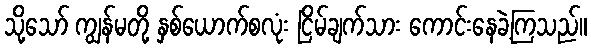
သို့သော် ကျွန်မတို့ နှစ်ယောက်စလုံး ငြိမ်ချက်သား ကောင်းနေခဲ့ကြသည်။